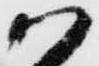
か